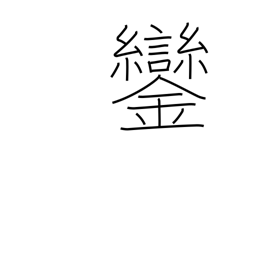
Meaning: bells on emperor's carriage